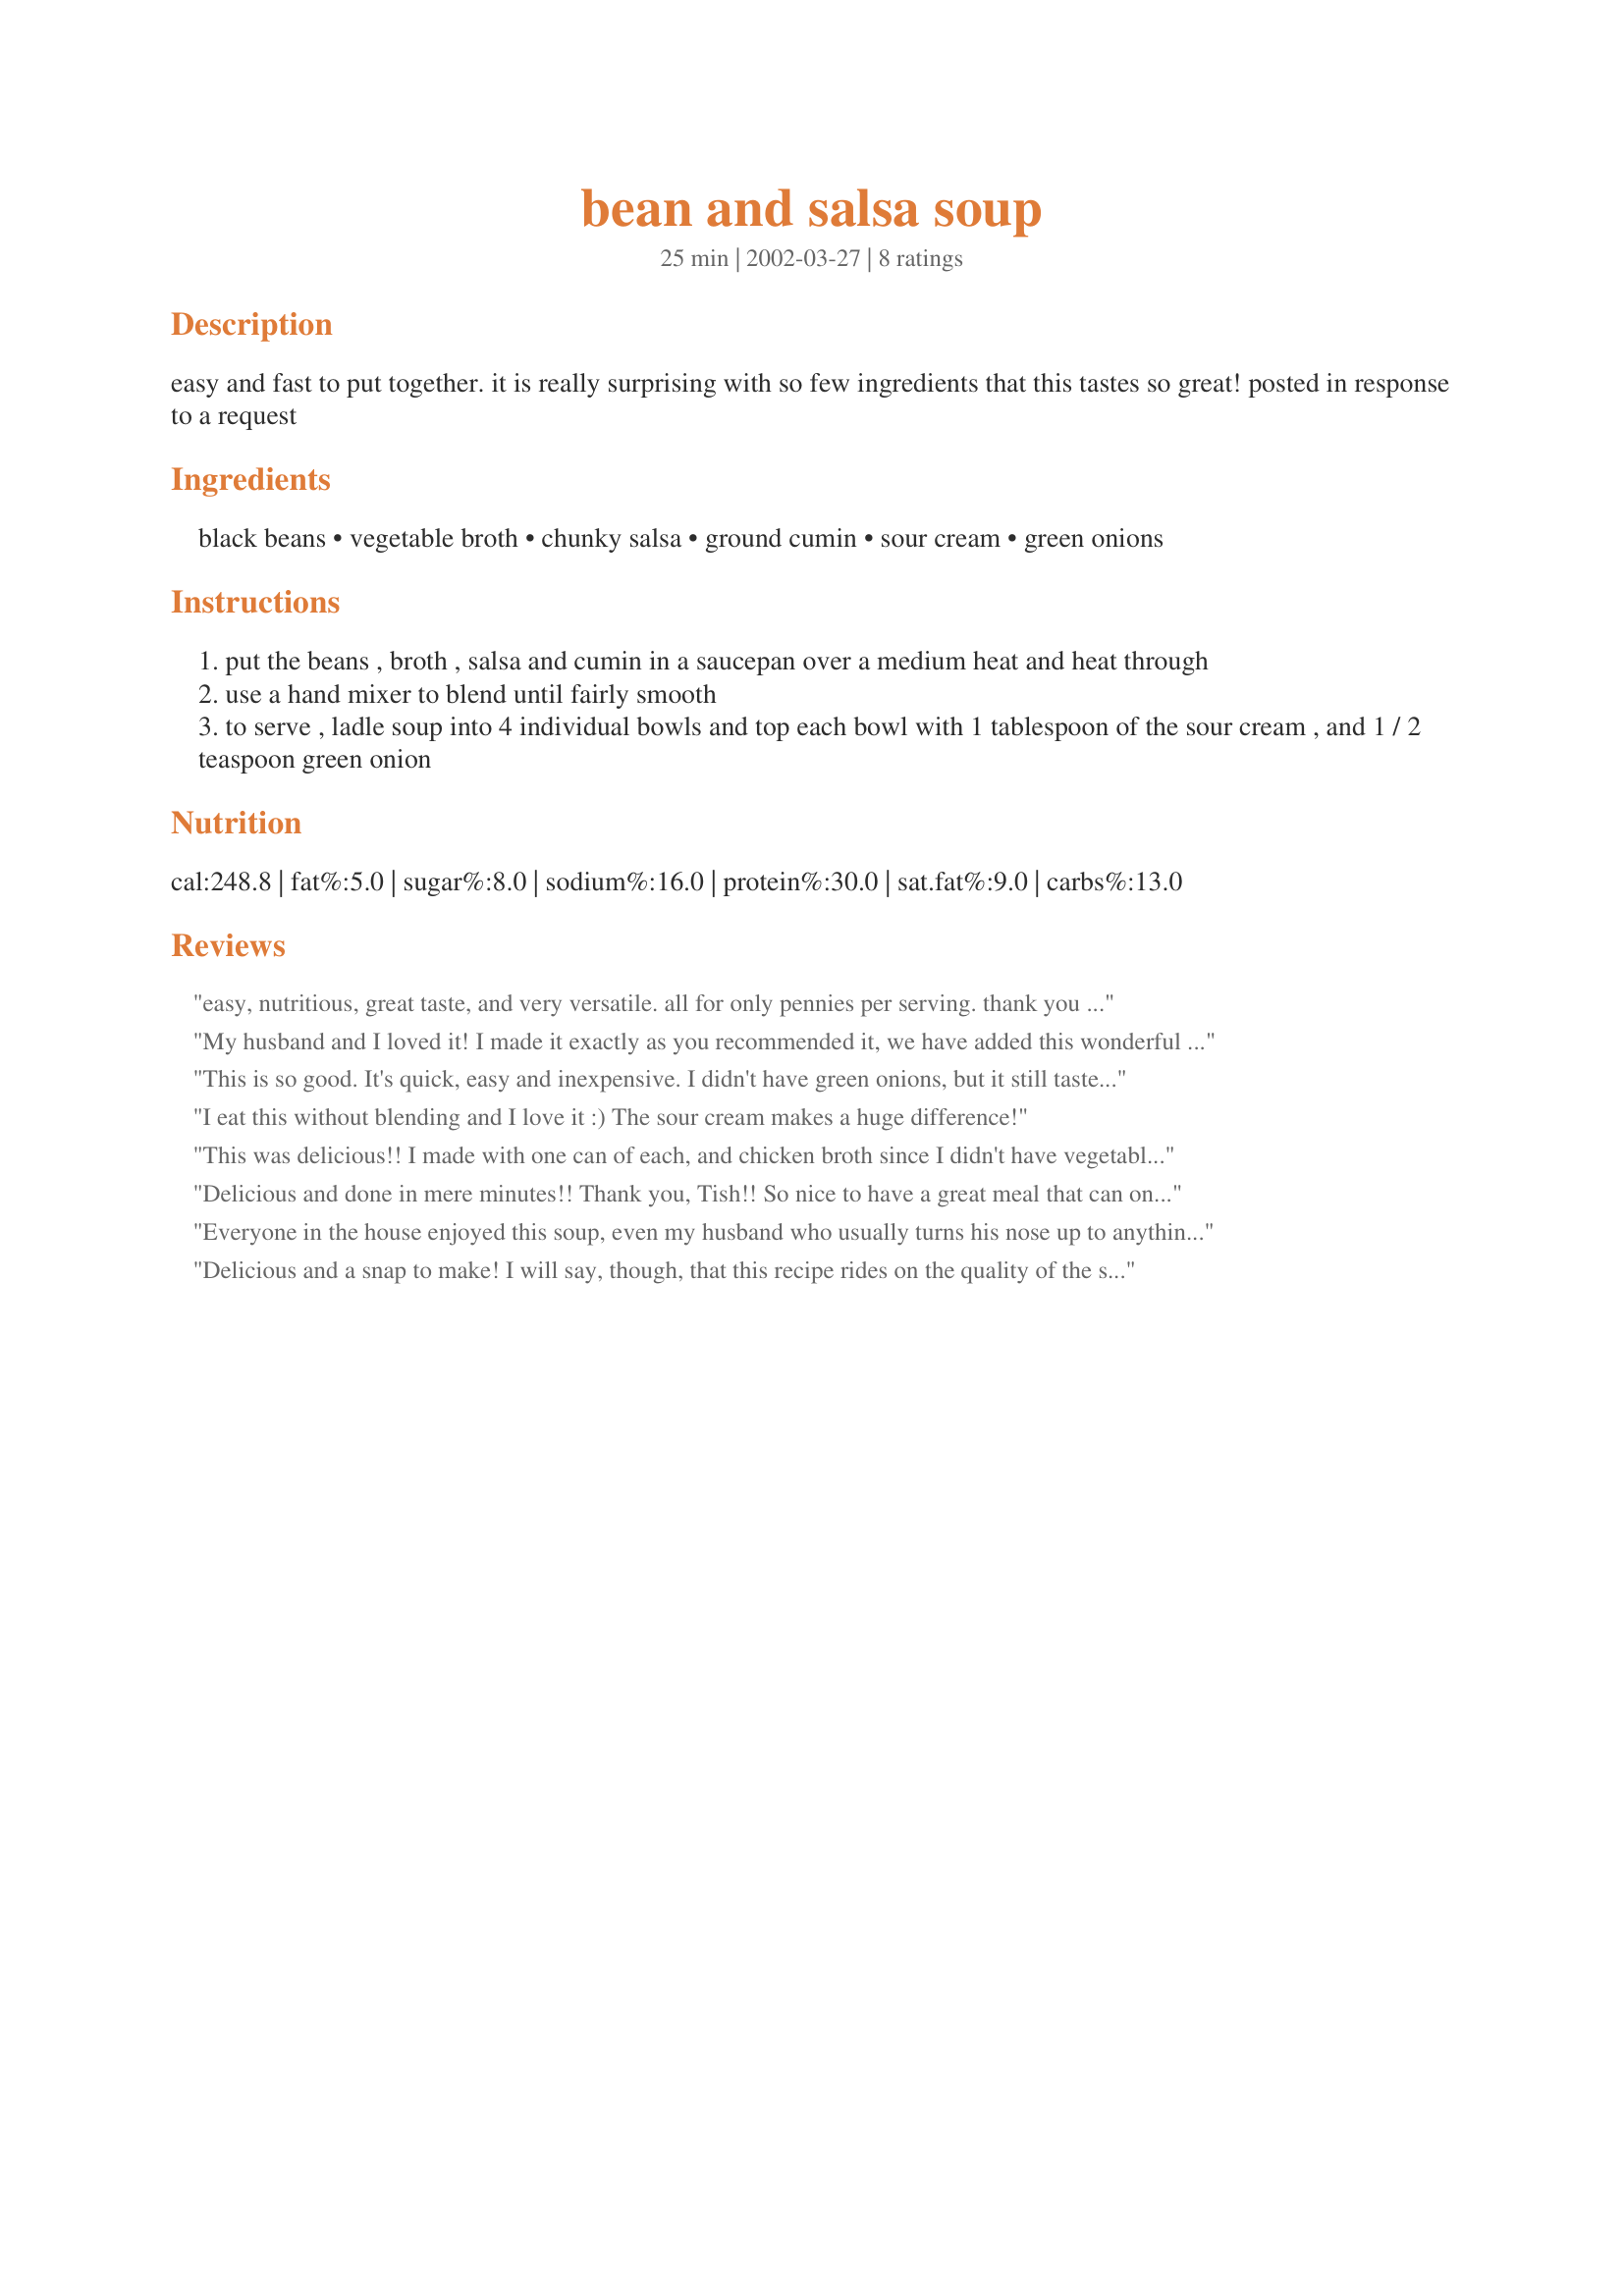
bean and salsa soup
Preparation time: 25 minutes

easy and fast to put together. it is really surprising with so few ingredients that this tastes so great! posted in response to a request

Ingredients:
black beans, vegetable broth, chunky salsa, ground cumin, sour cream, green onions

Steps:
put the beans , broth , salsa and cumin in a saucepan over a medium heat and heat through
use a hand mixer to blend until fairly smooth
to serve , ladle soup into 4 individual bowls and top each bowl with 1 tablespoon of the sour cream , and 1 / 2 teaspoon green onion

Reviews:
easy, nutritious, great taste, and very versatile. all for only pennies per serving. thank you for this recipe.
My husband and I loved it! I made it exactly as you recommended it, we have added this wonderful recipe to our cook book at home. Thanks!!!
This is so good. It's quick, easy and inexpensive. I didn't have green onions, but it still tasted good. I crushed tortilla chips in the bowl.
I eat this without blending and I love it :) The sour cream makes a huge difference!
This was delicious!! I made with one can of each, and chicken broth since I didn't have vegetable. I also used the salsa with lime...this was insanely good!
Delicious and done in mere minutes!! Thank you, Tish!! So nice to have a great meal that can on the table so fast! I didn't blend the ingredients. The sour cream and green onions round it out beautifully. We put tortilla chips on the table for dipping! Thanks, we loved it!!
Everyone in the house enjoyed this soup, even my husband who usually turns his nose up to anything thats not meat and potatoes. I would have never even thought of this until my work served something similar in the cafeteria I tried it and I was hooked.
Delicious and a snap to make! I will say, though, that this recipe rides on the quality of the salsa that you use. I used fresh organic salsa (from the produce dept) that had fresh tomatoes, peppers, onions and cilantro in it. I don't think the soup would have been as good with jarred salsa. I blended this, but left a bit of chunkiness. Loved the sour cream and scallion garnishes. Thanx for sharing!
